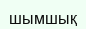
шымшық